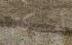
أمسكتها